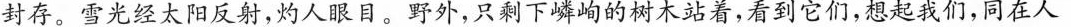
封存。雪光经太阳反射，灼人眼日。野外，只剩下嶙峋的树木站着，看到它们，想起我们，同在人